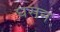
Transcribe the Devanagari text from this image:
घसन